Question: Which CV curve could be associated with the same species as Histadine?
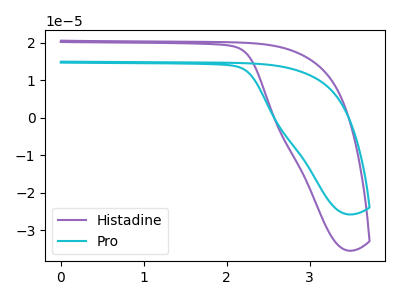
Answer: <think>The purple curve "Histadine" has no peaks. The cyan curve "Pro" has no peaks.
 Neither "Histadine" or "Pro" have any peaks.</think>
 <answer>The CV with the most similar shape to "Pro" is "Histadine".</answer>
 <eval>"Histadine"</eval>